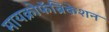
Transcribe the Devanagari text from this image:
मायक्रोफॅब्रिकेशन